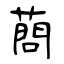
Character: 蔄